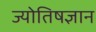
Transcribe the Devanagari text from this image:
ज्योतिषज्ञान